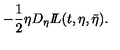
- \frac { 1 } { 2 } \eta D _ { \eta } { I \! \! L } ( t , \eta , \bar { \eta } ) .